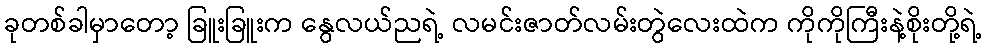
ခုတစ်ခါမှာတော့ ခြူးခြူးက နွေလယ်ညရဲ့ လမင်းဇာတ်လမ်းတွဲလေးထဲက ကိုကိုကြီးနဲ့စိုးတို့ရဲ့